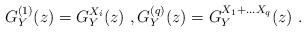
LaTeX: \begin{align*}G_Y^{(1)}(z)=G_Y^{X_i}(z)\ ,G_Y^{(q)}(z)=G_Y^{X_1+\dots X_q}(z)\ .\end{align*}